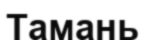
Тамань